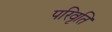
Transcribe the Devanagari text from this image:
परिवृति